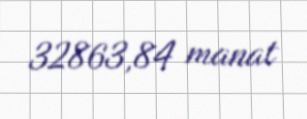
32863,84 manat